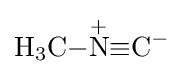
{\mathrm {H} {\vphantom {A}}_{\smash[{t}]{3}}\mathrm {C} }{-}{\overset {+}{\mathrm {N} }}{{\equiv }\mathrm {C} {\vphantom {A}}^{-}}